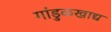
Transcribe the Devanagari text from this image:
गांडुळखाद्य